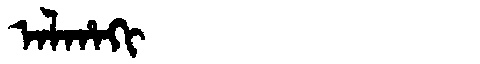
Manchu: ᠠᠯᡥᠠᡴᡳ
Romanization: ALHAKI